Indian journal of veterinary science and animal husbandry - Volume 3,
Year: 1933
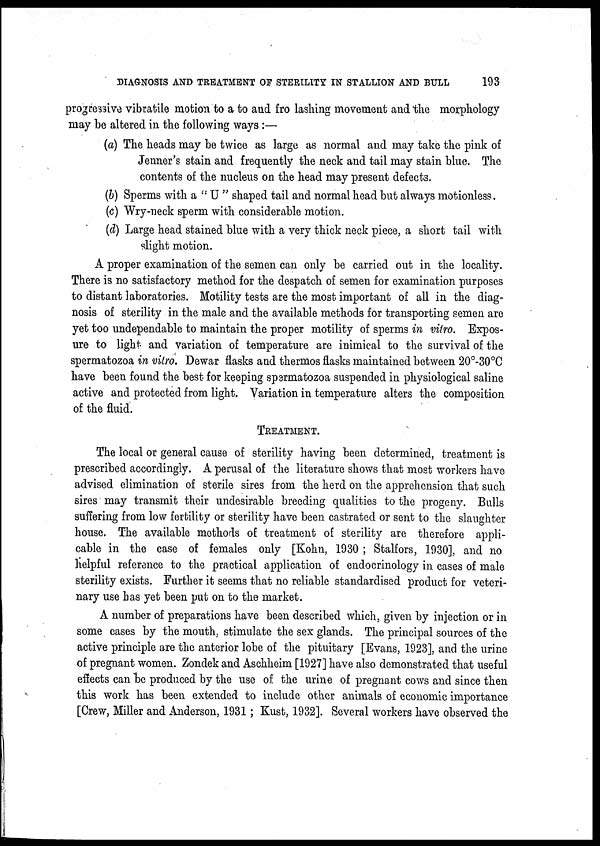
DIAGNOSIS AND TREATMENT OF STERILITY IN STALLION AND BULL
193
progressive vibratile motion to a to and fro lashing movement and the morphology
may be altered in the following ways:—
(a) The heads may be twice as large as normal and may take the pink of
Jenner's stain and frequently the neck and tail may stain blue. The
contents of the nucleus on the head may present defects.
(b) Sperms with a " U " shaped tail and normal head but always motionless.
(c) Wry-neck sperm with considerable motion.
(d) Large head stained blue with a very thick neck piece, a short tail with
slight motion.
A proper examination of the semen can only be carried out in the locality.
There is no satisfactory method for the despatch of semen for examination purposes
to distant laboratories. Motility tests are the most important of all in the diag-
nosis of sterility in the male and the available methods for transporting semen are
yet too undependable to maintain the proper motility of sperms in vitro. Expos-
ure to light and variation of temperature are inimical to the survival of the
spermatozoa in vitro. Dewar flasks and thermos flasks maintained between 20°-30°C
have been found the best for keeping spermatozoa suspended in physiological saline
active and protected from light. Variation in temperature alters the composition
of the fluid.
TREATMENT.
The local or general cause of sterility having been determined, treatment is
prescribed accordingly. A perusal of the literature shows that most workers have
advised elimination of sterile sires from the herd on the apprehension that such
sires may transmit their undesirable breeding qualities to the progeny. Bulls
suffering from low fertility or sterility have been castrated or sent to the slaughter
house. The available methods of treatment of sterility are therefore appli-
cable in the case of females only [Kohn, 1930; Stalfors, 1930], and no
helpful reference to the practical application of endocrinology in cases of male
sterility exists. Further it seems that no reliable standardised product for veteri-
nary use has yet been put on to the market.
A number of preparations have been described which, given by injection or in
some cases by the mouth, stimulate the sex glands. The principal sources of the
active principle are the anterior lobe of the pituitary [Evans, 1923], and the urine
of pregnant women. Zondek and Aschheim [1927] have also demonstrated that useful
effects can be produced by the use of the urine of pregnant cows and since then
this work has been extended to include other animals of economic importance
[Crew, Miller and Anderson, 1931; Kust, 1932]. Several workers have observed the